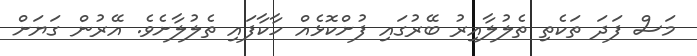
މަސް ފަދަ ތަކެތި ތެލުލާއިރު ބޭރުގައި ފުށްކޮޅެއް ހާކާފައި ތެލުލާށެވެ. އޭރުން ގަޔަށް